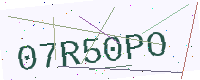
Text: 07R50PO